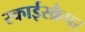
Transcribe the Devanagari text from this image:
स्काईस्क्रैपर